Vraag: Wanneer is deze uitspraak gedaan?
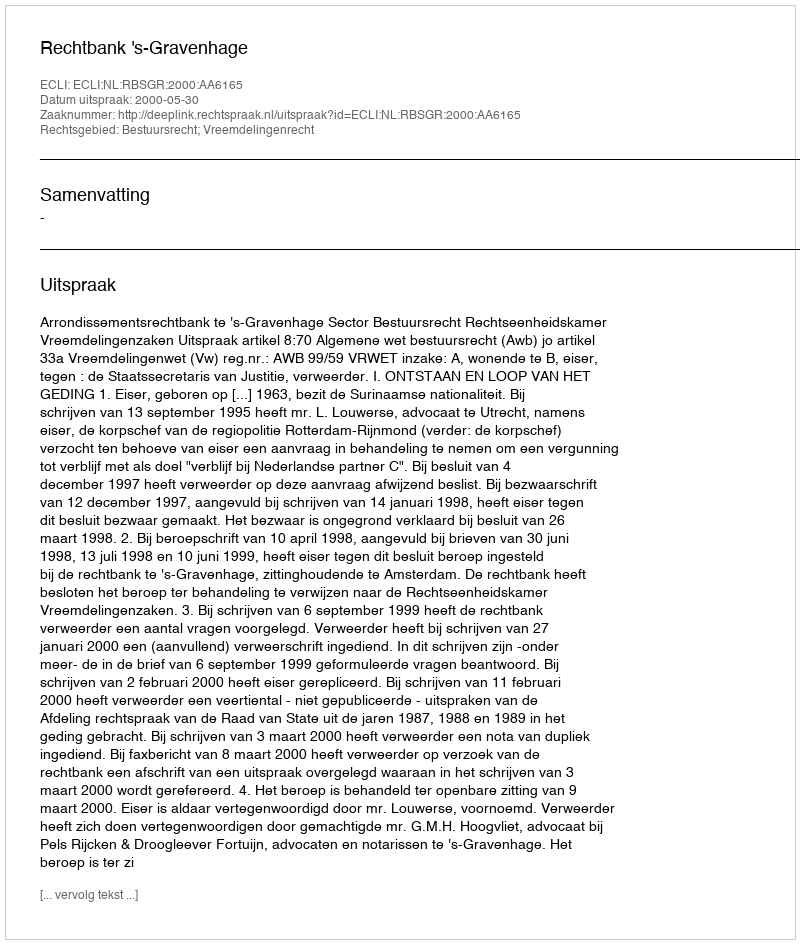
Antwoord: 2000-05-30